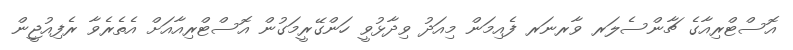
އޮސްޓްރިއާގެ ޗާންސެލަރ ވާރނަރ ފެއިމަން މިއަދު ވިދާޅުވީ ހަންގޭރީމަގުން އޮސްޓްރިއާއަށް އެތެރެވާ ރެފިއުޖީން